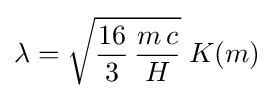
\lambda ={\sqrt {{\frac {16}{3}}\,{\frac {m\,c}{H}}}}\;K(m)